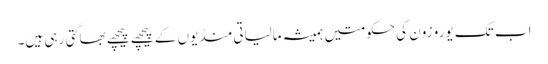
اب تک یورو زون کی حکومتیں ہمیشہ مالیاتی منڈیوں کے پیچھے پیچھے بھاگتی رہی ہیں۔